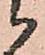
候